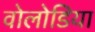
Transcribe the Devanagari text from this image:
वोलोडिया